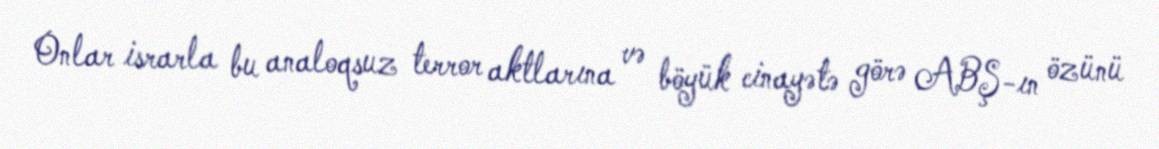
Onlar israrla bu analoqsuz terror aktlarına və böyük cinayətə görə ABŞ-ın özünü